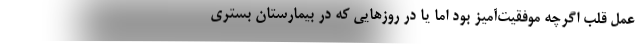
عمل قلب اگرچه موفقیت‌آمیز بود اما یا در روزهایی که در بیمارستان بستری